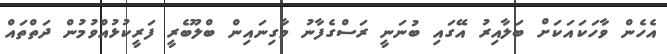
އެހެން ވާހަކައަކަށް ބަލާއިރު އޭގައި ބުނަނީ ރަސްގެފާނު މާގިނައިން ބްލޫބެރީ ފަރީކުޅުއްވުމުން ދަތްތައް